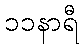
၁၁နာရီ